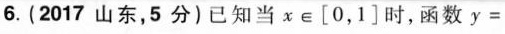
6.(2017山东，5分)已知当x\in [0，1]时，函数$$y =